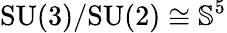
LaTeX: \mathrm{SU(3)/SU(2)}\cong{\mathbb S}^{5}